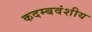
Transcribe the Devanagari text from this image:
कदम्बवंशीय